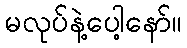
မလုပ်နဲ့ပေါ့နော်။